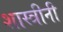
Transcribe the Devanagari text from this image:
शास्त्रीनी